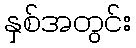
နှစ်အတွင်း